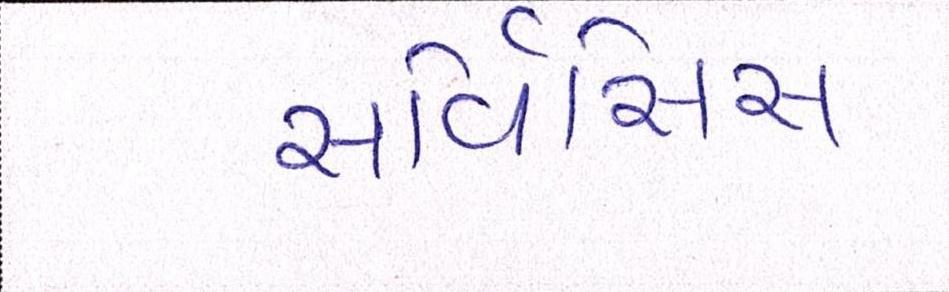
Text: સર્વિસિસ